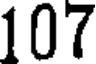
107